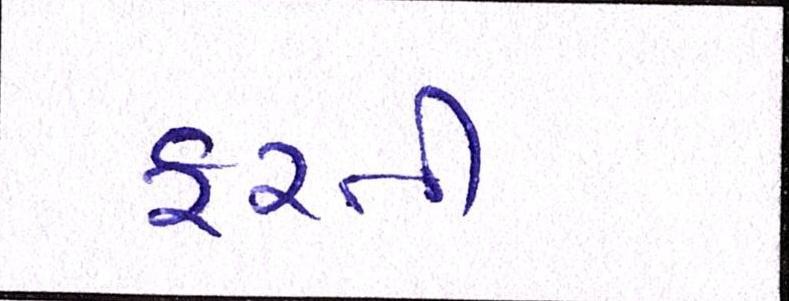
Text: ફરતી